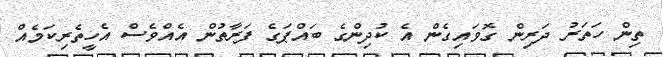
ތިން ހަތަރު ދަރިން ގޮވައިގެން އެ ކުދިންގެ ބައްޕަގެ ފަރާތުން އެއްވެސް އެހީތެރިކަމެއް